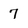
Character: 7